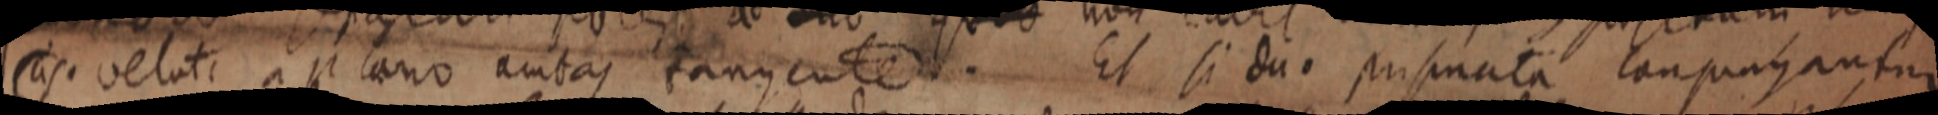
as. veluti a plano ambas tangente. Et si duo prismata conprehantur